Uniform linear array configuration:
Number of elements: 48
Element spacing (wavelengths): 0.5
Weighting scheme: hann
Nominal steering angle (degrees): -30
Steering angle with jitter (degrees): -30.697
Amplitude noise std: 0.05
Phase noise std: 0.05

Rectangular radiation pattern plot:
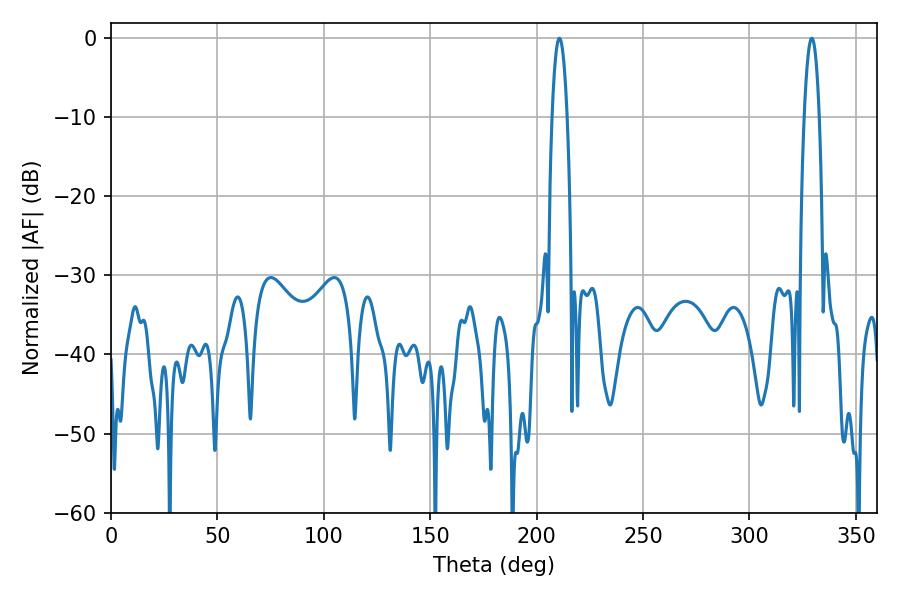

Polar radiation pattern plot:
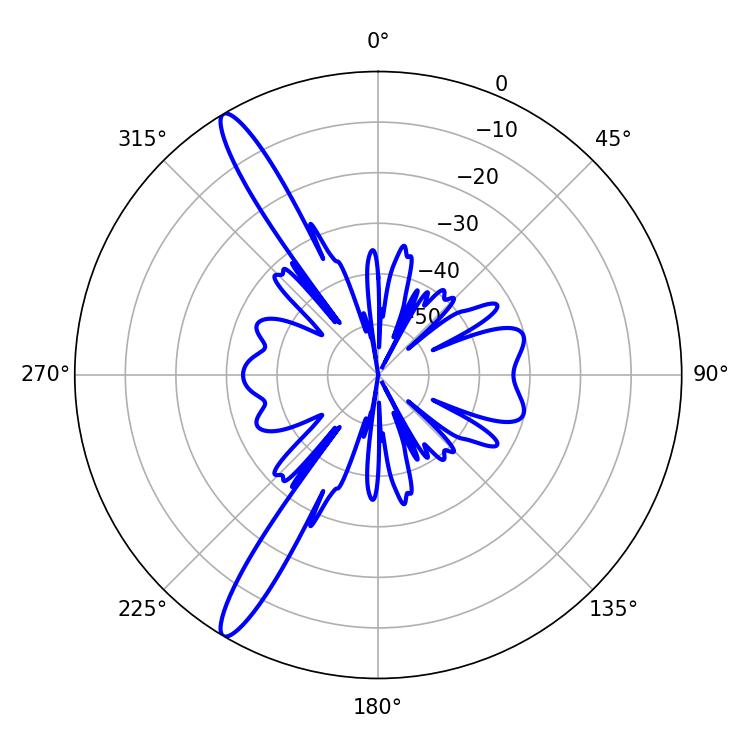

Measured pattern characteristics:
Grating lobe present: FALSE
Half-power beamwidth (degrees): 3.96
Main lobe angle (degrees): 329.22